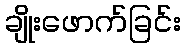
ချိုးဖောက်ခြင်း